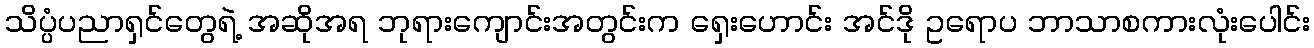
သိပ္ပံပညာရှင်တွေရဲ့ အဆိုအရ ဘုရားကျောင်းအတွင်းက ရှေးဟောင်း အင်ဒို ဥရောပ ဘာသာစကားလုံးပေါင်း